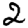
Digit: 2